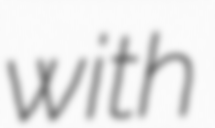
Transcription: with